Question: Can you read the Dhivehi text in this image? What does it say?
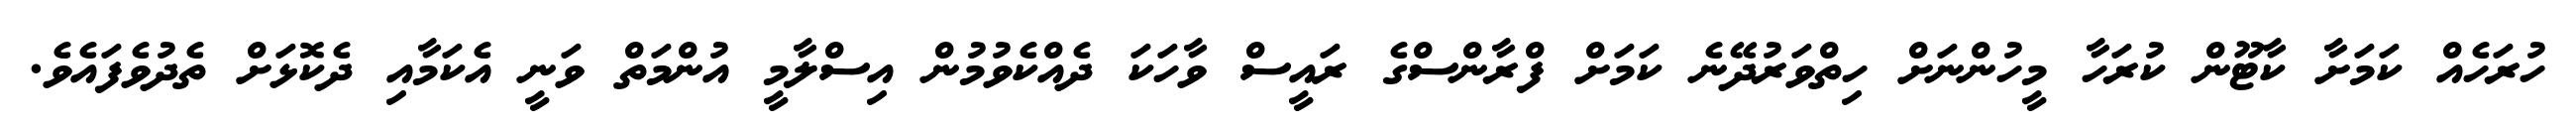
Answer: ހުރަހެއް ކަމަށާ ކާޓޫން ކުރަހާ މީހުންނަށް ހިތްވަރުދޭނެ ކަމަށް ފްރާންސްގެ ރައީސް ވާހަކަ ދެއްކެވުމުން އިސްލާމީ އުންމަތް ވަނީ އެކަމާއި ދެކޮޅަށް ތެދުވެފައެވެ.